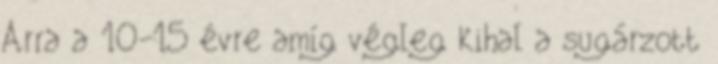
Arra a 10-15 évre amíg végleg kihal a sugárzott